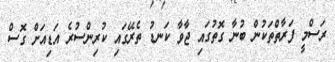
ރަސްމީ ފަރާތްތަކުން ބުނާ ގޮތުގައި ޖާވާ ކަނޑު ތެރޭގައި ކުރިންސުރެ އަޑިއަށް ގޮސް